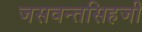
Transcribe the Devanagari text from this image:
जसवन्तसिहजी